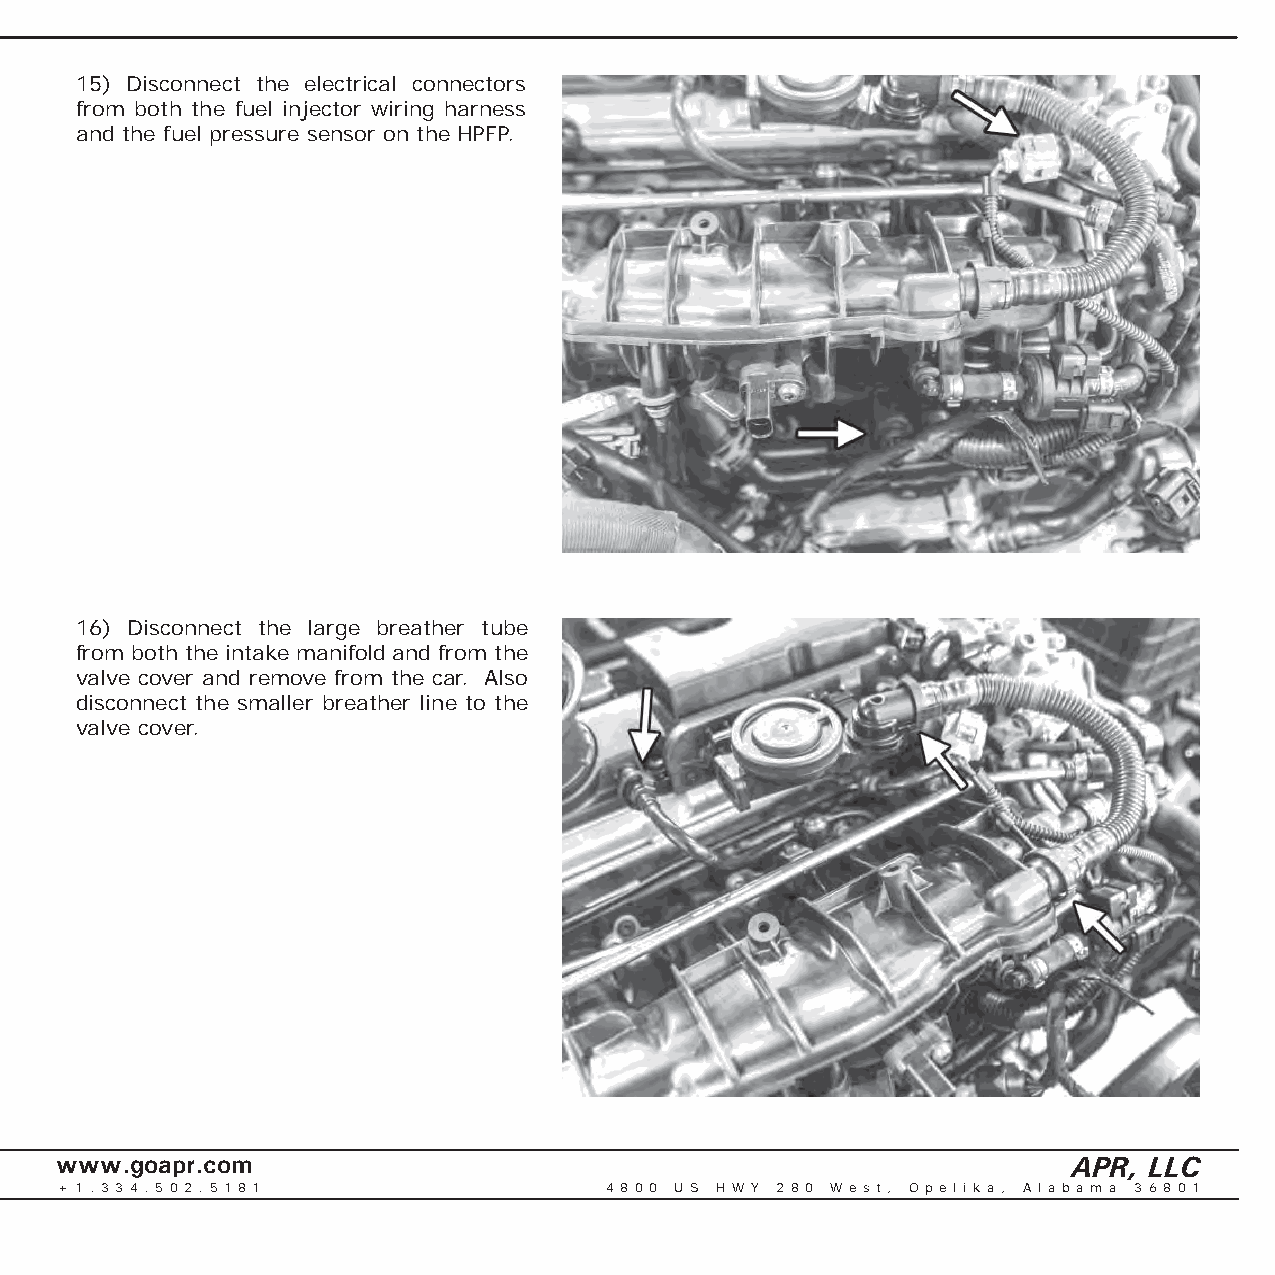
15) Disconnect the electrical connectors
 from both the fuel injector wiring harness
 and the fuel pressure sensor on the HPFP.
 16) Disconnect the large breather tube
 from both the intake manifold and from the
 valve cover and remove from the car. Also
 disconnect the smaller breather line to the
 valve cover.
 www.goapr.com                                                      APR, LLC
 + 1 . 3 3 4 . 5 0 2 . 5 1 8 1       4 8 0 0 U S H W Y 2 8 0 We s t , O p e l i k a , A l a b a m a 3 6 8 0 1